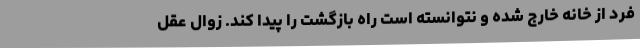
فرد از خانه خارج شده و نتوانسته است راه بازگشت را پیدا کند. زوال عقل